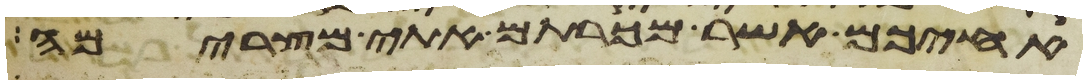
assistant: אחיכם אשר מכרתם אתי מצרימה